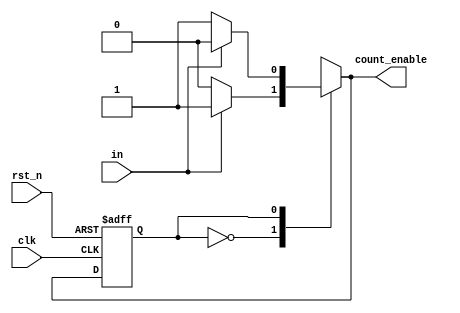
module FSM2(in, clk, rst_n, count_enable);
    input in;
    input clk;
    input rst_n;
    output reg count_enable;
    reg next_state;
    reg current_state;
    
    always @*
        case (current_state)
            1'b0:
            if (in)
            begin
                next_state = 1'b1;
                count_enable = 1'b1;
            end
            else
            begin
                next_state = 1'b0;
                count_enable = 1'b0;
            end
            1'b1:
                if (in)
                begin
                    next_state = 1'b0;
                    count_enable = 1'b0;
                end
                else
                begin
                    next_state = 1'b1;
                    count_enable = 1'b1;
                end
            default:
                begin
                    next_state = 1'b0;
                    count_enable = 1'b0;
                end
        endcase

always @(posedge clk or negedge rst_n)
    if (~rst_n)
        current_state <= 1'b0;
    else
        current_state <= next_state;
endmodule